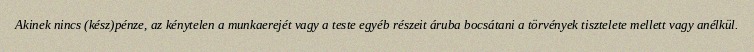
Akinek nincs (kész)pénze, az kénytelen a munkaerejét vagy a teste egyéb részeit áruba bocsátani a törvények tisztelete mellett vagy anélkül.